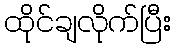
ထိုင်ချလိုက်ပြီး